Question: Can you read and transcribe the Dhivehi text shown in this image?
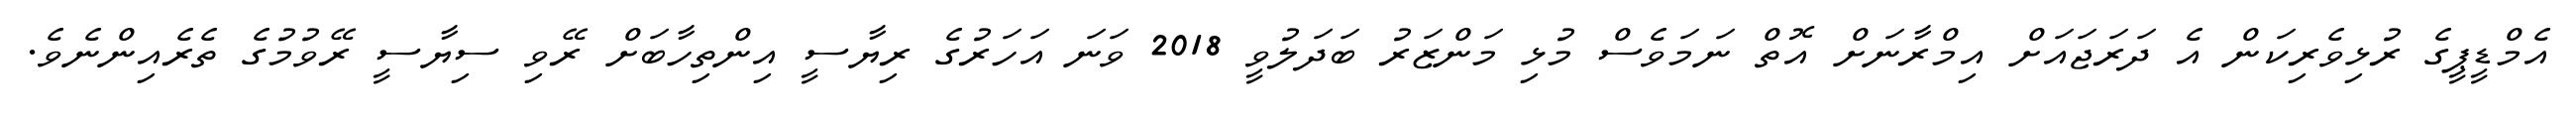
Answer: އެމްޑީޕީގެ ރުޅިވެރިކަން އެ ދަރަޖައަށް އިމްރާނަށް އޮތް ނަމަވެސް މުޅި މަންޒަރު ބަދަލުވީ 2018 ވަނަ އަހަރުގެ ރިޔާސީ އިންތިހާބަށް ރޭވި ސިޔާސީ ރޭވުމުގެ ތެރެއިންނެވެ.